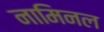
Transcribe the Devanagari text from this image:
नामिनल